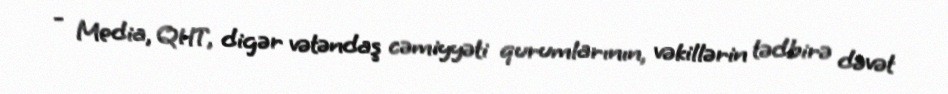
- Media, QHT, digər vətəndaş cəmiyyəti qurumlarının, vəkillərin tədbirə dəvət